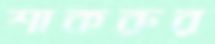
শাকরুর